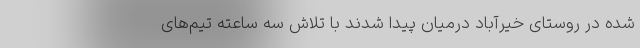
شده در روستای خیرآباد دَرمیان پیدا شدند با تلاش سه ساعته تیم‌های